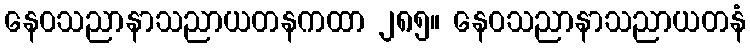
နေဝသညာနာသညာယတနကထာ ၂၈၅။ နေဝသညာနာသညာယတနံ